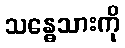
သန္ဓေသားကို